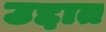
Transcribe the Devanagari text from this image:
उद्दात